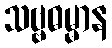
သဗ္ဗဓမ္မာန